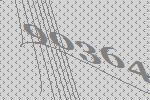
90364